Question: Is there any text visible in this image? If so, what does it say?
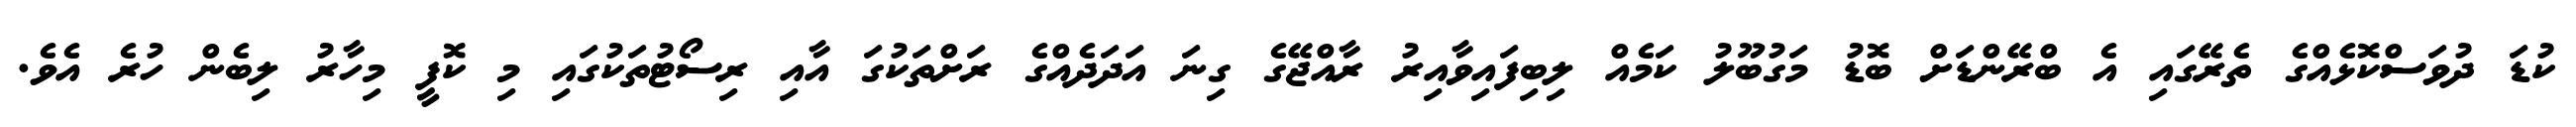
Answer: ކުޑަ ދުވަސްކޮޅެއްގެ ތެރޭގައި އެ ބްރޭންޑަށް ބޮޑު މަގުބޫލު ކަމެއް ލިބިފައިވާއިރު ރާއްޖޭގެ ގިނަ އަދަދެއްގެ ރަށްތަކުގަ އާއި ރިސޯޓުތަކުގައި މި ކޮފީ މިހާރު ލިބެން ހުރެ އެވެ.